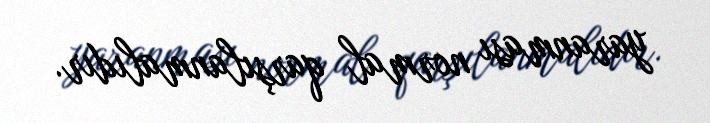
yaranması normal qarşılanmalıdır.